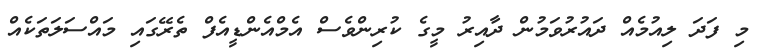
މި ފަދަ ލިއުމެއް ދައުރުވަމުން ދާއިރު މީގެ ކުރިންވެސް އެމްއެންޑީއެފް ތެރޭގައި މައްސަލަތަކެއް